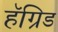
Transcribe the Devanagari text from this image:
हॅग्रिड